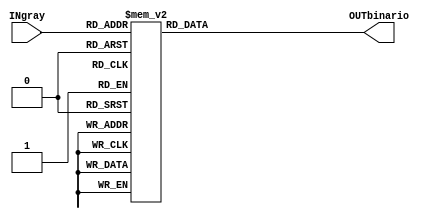
`timescale 1ns / 1ps

module Deco1(INgray,OUTbinario);
	input [3:0] INgray;
	output reg [3:0] OUTbinario;
	
//Deco
	always @(INgray)
		case (INgray)
			4'b0000: OUTbinario=4'b0000;
			4'b0001: OUTbinario=4'b0001;
			4'b0011: OUTbinario=4'b0010;
			4'b0010: OUTbinario=4'b0011;
			4'b0110: OUTbinario=4'b0100;
			4'b0111: OUTbinario=4'b0101;
			4'b0101: OUTbinario=4'b0110;
			4'b0100: OUTbinario=4'b0111;
			4'b1100: OUTbinario=4'b1000;
			4'b1101: OUTbinario=4'b1001;
			4'b1111: OUTbinario=4'b1010;
			4'b1110: OUTbinario=4'b1011;
			4'b1010: OUTbinario=4'b1100;
			4'b1011: OUTbinario=4'b1101;
			4'b1001: OUTbinario=4'b1110;
			4'b1000: OUTbinario=4'b1111;
		endcase
   


endmodule